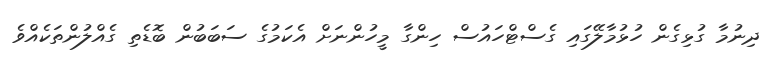
ދިނުމާ ގުޅިގެން ހުޅުމާލޭގައި ގެސްޓްހައުސް ހިންގާ މީހުންނަށް އެކަމުގެ ސަބަބުން ބޮޑެތި ގެއްލުންތަކެއްވެ